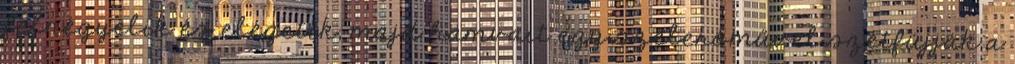
felnégyelik és elégetik, majd hamvait egy szélerőművel szétfújják a